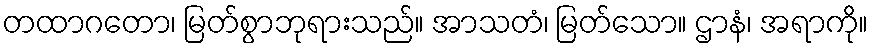
တထာဂတော၊ မြတ်စွာဘုရားသည်။ အာသတံ၊ မြတ်သော။ ဌာနံ၊ အရာကို။